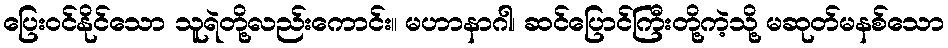
ပြေးဝင်နိုင်သော သူရဲတို့လည်းကောင်း။ မဟာနာဂါ၊ ဆင်ပြောင်ကြီးတို့ကဲ့သို့ မဆုတ်မနစ်သော